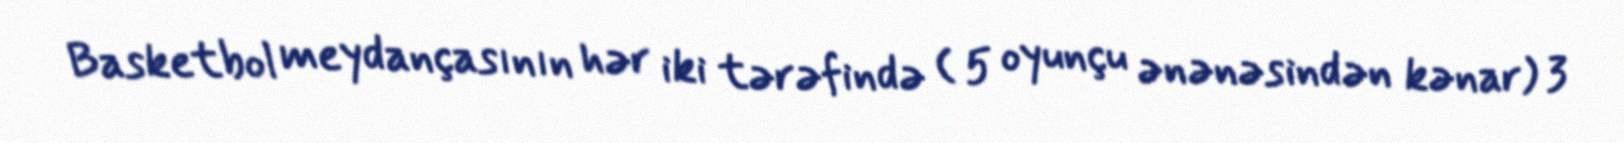
Basketbol meydançasının hər iki tərəfində ( 5 oyunçu ənənəsindən kənar) 3